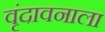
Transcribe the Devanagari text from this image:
वृंदावनाला